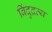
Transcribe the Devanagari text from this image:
बिंदुद्रव्य